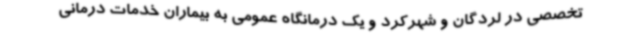
تخصصی در لردگان و شهرکرد و یک درمانگاه عمومی به بیماران خدمات درمانی